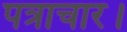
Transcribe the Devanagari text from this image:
पत्राचार।